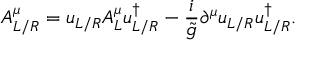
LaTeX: A _ { L / R } ^ { \mu } = u _ { L / R } A _ { L } ^ { \mu } u _ { L / R } ^ { \dagger } - \frac { i } { \tilde { g } } \partial ^ { \mu } u _ { L / R } u _ { L / R } ^ { \dagger } .